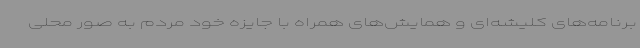
برنامه‌های کلیشه‌ای و همایش‌های همراه با جایزه خود مردم به صور محلی